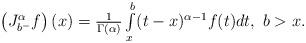
LaTeX: \begin{align*}\begin{array}{c}\left( J_{b^{-}}^{\alpha }f\right) (x)=\frac{1}{\Gamma (\alpha )}\int\limits_{x}^{b}(t-x)^{\alpha -1}f(t)dt,\ b>x.\end{array}\end{align*}